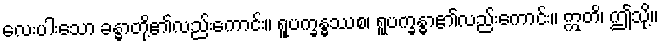
လေးပါးသော ခန္ဓာတို့၏လည်းကောင်း။ ရူပက္ခန္ဓဿစ၊ ရူပက္ခန္ဓာ၏လည်းကောင်း။ ဣတိ၊ ဤသို့။